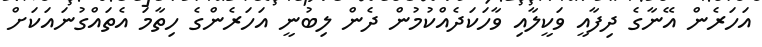
އަހަރެން އޭނާގެ ދިފާއީ ވަކީލާއި ވާހަކަދެއްކުމުން ދެން ލިބުނީ އަހަރެންގެ ހިތާމަ އެތައްގުނައަކަށް